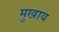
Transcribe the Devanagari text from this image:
मुखाय